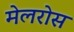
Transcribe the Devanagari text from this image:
मेलरोस